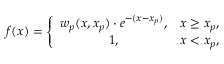
f ( x ) = \left\lbrace \begin{array} { c c } { w _ { p } ( x , x _ { p } ) \cdot e ^ { - ( x - x _ { p } ) } , } & { x \geq x _ { p } , } \\ { 1 , } & { x < x _ { p } , } \end{array} \right.